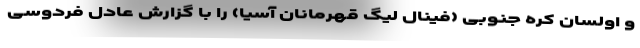
و اولسان کره جنوبی (فینال لیگ قهرمانان آسیا) را با گزارش عادل فردوسی